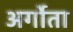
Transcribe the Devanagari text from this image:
अर्गोता